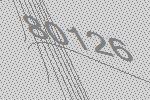
80126